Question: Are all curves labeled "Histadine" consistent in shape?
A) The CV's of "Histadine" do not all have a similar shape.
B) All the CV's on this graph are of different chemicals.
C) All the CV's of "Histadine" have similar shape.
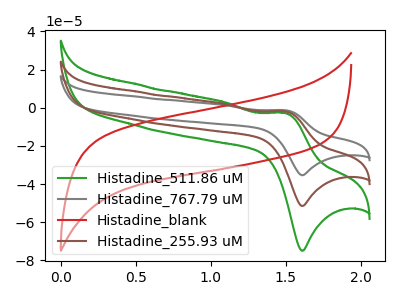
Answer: <think>The green curve "Histadine_511.86 uM" has an anodic peak at (1.50V, -2.80uA) and a cathodic peak at (1.60V, -74.95uA). The gray curve "Histadine_767.79 uM" has an anodic peak at (1.50V, -3.85uA) and a cathodic peak at (1.60V, -103.00uA). The red curve "Histadine_blank" has no peaks. The brown curve "Histadine_255.93 uM" has an anodic peak at (1.50V, -1.90uA) and a cathodic peak at (1.60V, -51.50uA).
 All the peaks in "Histadine_511.86 uM" have a peak in "Histadine_767.79 uM" at the same potential. "Histadine_511.86 uM" and "Histadine_blank" have a different number of peaks. All the peaks in "Histadine_511.86 uM" have a peak in "Histadine_255.93 uM" at the same potential. "Histadine_767.79 uM" and "Histadine_blank" have a different number of peaks. All the peaks in "Histadine_767.79 uM" have a peak in "Histadine_255.93 uM" at the same potential. "Histadine_blank" and "Histadine_255.93 uM" have a different number of peaks.</think>
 <answer>C) All the CV's of "Histadine" have similar shape.</answer>
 <eval>C</eval>